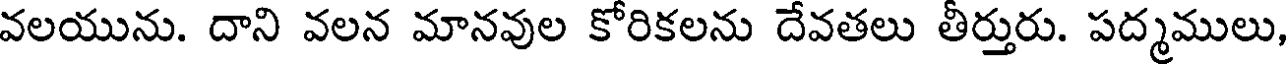
వలయును. దాని వలన మానవుల కోరికలను దేవతలు తీర్తురు. పద్మములు,